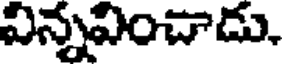
విన్నవించాడు.